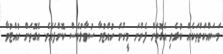
މަސައްކަތްތަކެއް ކުރެވި އެގޮތަށް ފެންނަ މީހުން ހުއްޓުވާ ސުވާލުވެސް ކޮށްފައެވެ. އެގޮތަށް ހުއްޓުވާ